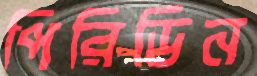
পিরিডিন